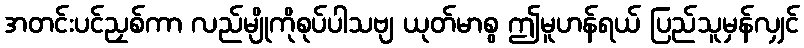
အတင်းပင်ညှစ်ကာ လည်မျိုကိုစုပ်ပါသဗျ ယုတ်မာစွ ဤမူဟန်ရယ် ပြည်သူမှန်လျှင်